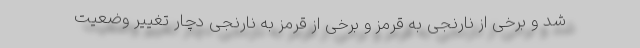
شد و برخی از نارنجی به قرمز و برخی از قرمز به نارنجی دچار تغییر وضعیت